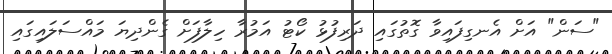
"ސަން" އަށް އެނގިފައިވާ ގޮތުގައި ދަރިފުޅު ކޯޓު އަމުރާ ހިލާފަށް ގެންދިޔަ މައްސަލައިގައި